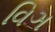
વિઞ